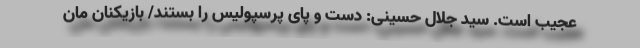
عجیب است. سید جلال حسینی: دست و پای پرسپولیس را بستند/ بازیکنان مان